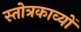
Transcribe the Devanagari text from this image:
स्तोत्रकाव्यों